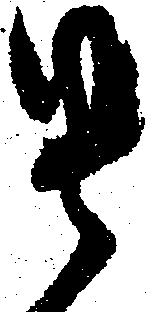
貴